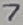
Text: 7